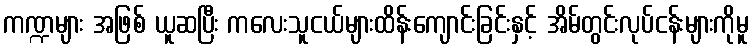
ကဏ္ဍများ အဖြစ် ယူဆပြီး ကလေးသူငယ်များထိန်းကျောင်းခြင်းနှင့် အိမ်တွင်းလုပ်ငန်းများကိုမူ